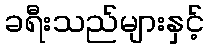
ခရီးသည်များနှင့်